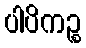
ပါပိကဉ္စ